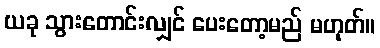
ယခု သွားတောင်းလျှင် ပေးတော့မည် မဟုတ်။